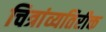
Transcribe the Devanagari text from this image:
चित्रांव्यतिरीक्त